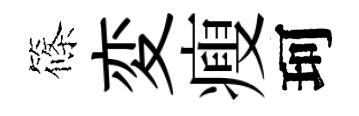
篠変瘦珂